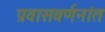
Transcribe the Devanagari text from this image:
प्रवासवर्णनांत